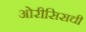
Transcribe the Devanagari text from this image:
ओरीसिसची